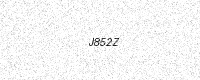
Text: J852Z